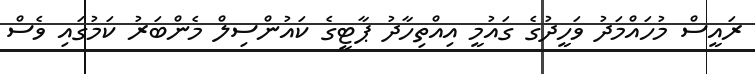
ރައީސް މުހައްމަދު ވަހީދުގެ ގައުމީ އިއްތިހާދު ޕާޓީގެ ކައުންސިލް މެންބަރު ކަމުގައި ވެސް